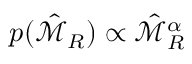
p ( \hat { \mathscr { M } } _ { R } ) \propto \hat { \mathscr { M } } _ { R } ^ { \alpha }